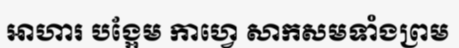
អាហារ បង្អែម កាហ្វេ សាកសមទាំងព្រម